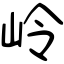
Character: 岭